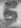
Text: 5